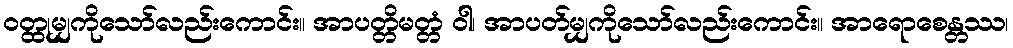
ဝတ္ထုမျှကိုသော်လည်းကောင်း။ အာပတ္တိမတ္တံ ဝါ၊ အာပတ်မျှကိုသော်လည်းကောင်း။ အာရောစေန္တဿ၊